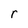
Character: r